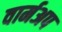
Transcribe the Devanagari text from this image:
वार्मअप